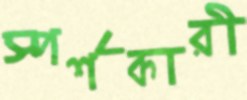
স্পর্শকারী